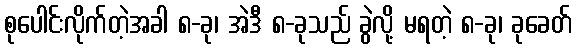
စုပေါင်းလိုက်တဲ့အခါ ၈-ခု၊ အဲဒီ ၈-ခုသည် ခွဲလို့ မရတဲ့ ၈-ခု၊ ခုခေတ်